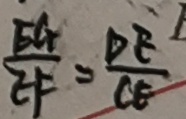
\frac { E G } { E F } = \frac { D E } { C E }